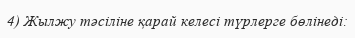
4) Жылжу тәсіліне қарай келесі түрлерге бөлінеді: